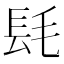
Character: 𨱞